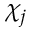
\chi _ { j }